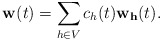
\begin{align*} \mathbf{w}(t) = \sum_{h \in V} c_h(t) \mathbf{w_h}(t).\end{align*}